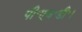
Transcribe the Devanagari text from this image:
पी॰एच॰डी॰।